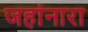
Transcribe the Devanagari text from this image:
जहांनारा